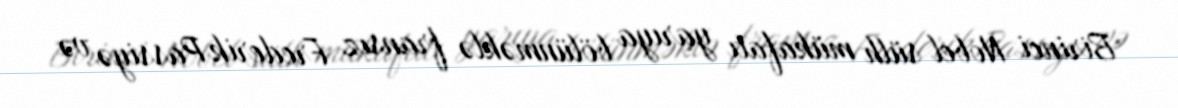
Birinci Nobel sülh mükafatı yarıya bölünməklə fransız Frederik Passiyə və